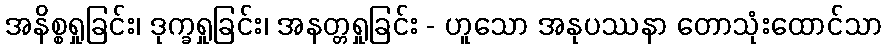
အနိစ္စရှုခြင်း၊ ဒုက္ခရှုခြင်း၊ အနတ္တရှုခြင်း - ဟူသော အနုပဿနာ တောသုံးထောင်သာ